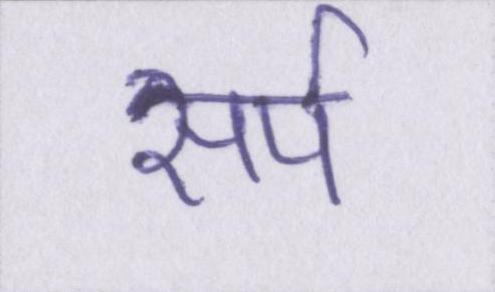
सर्प